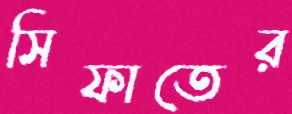
সিফাতের